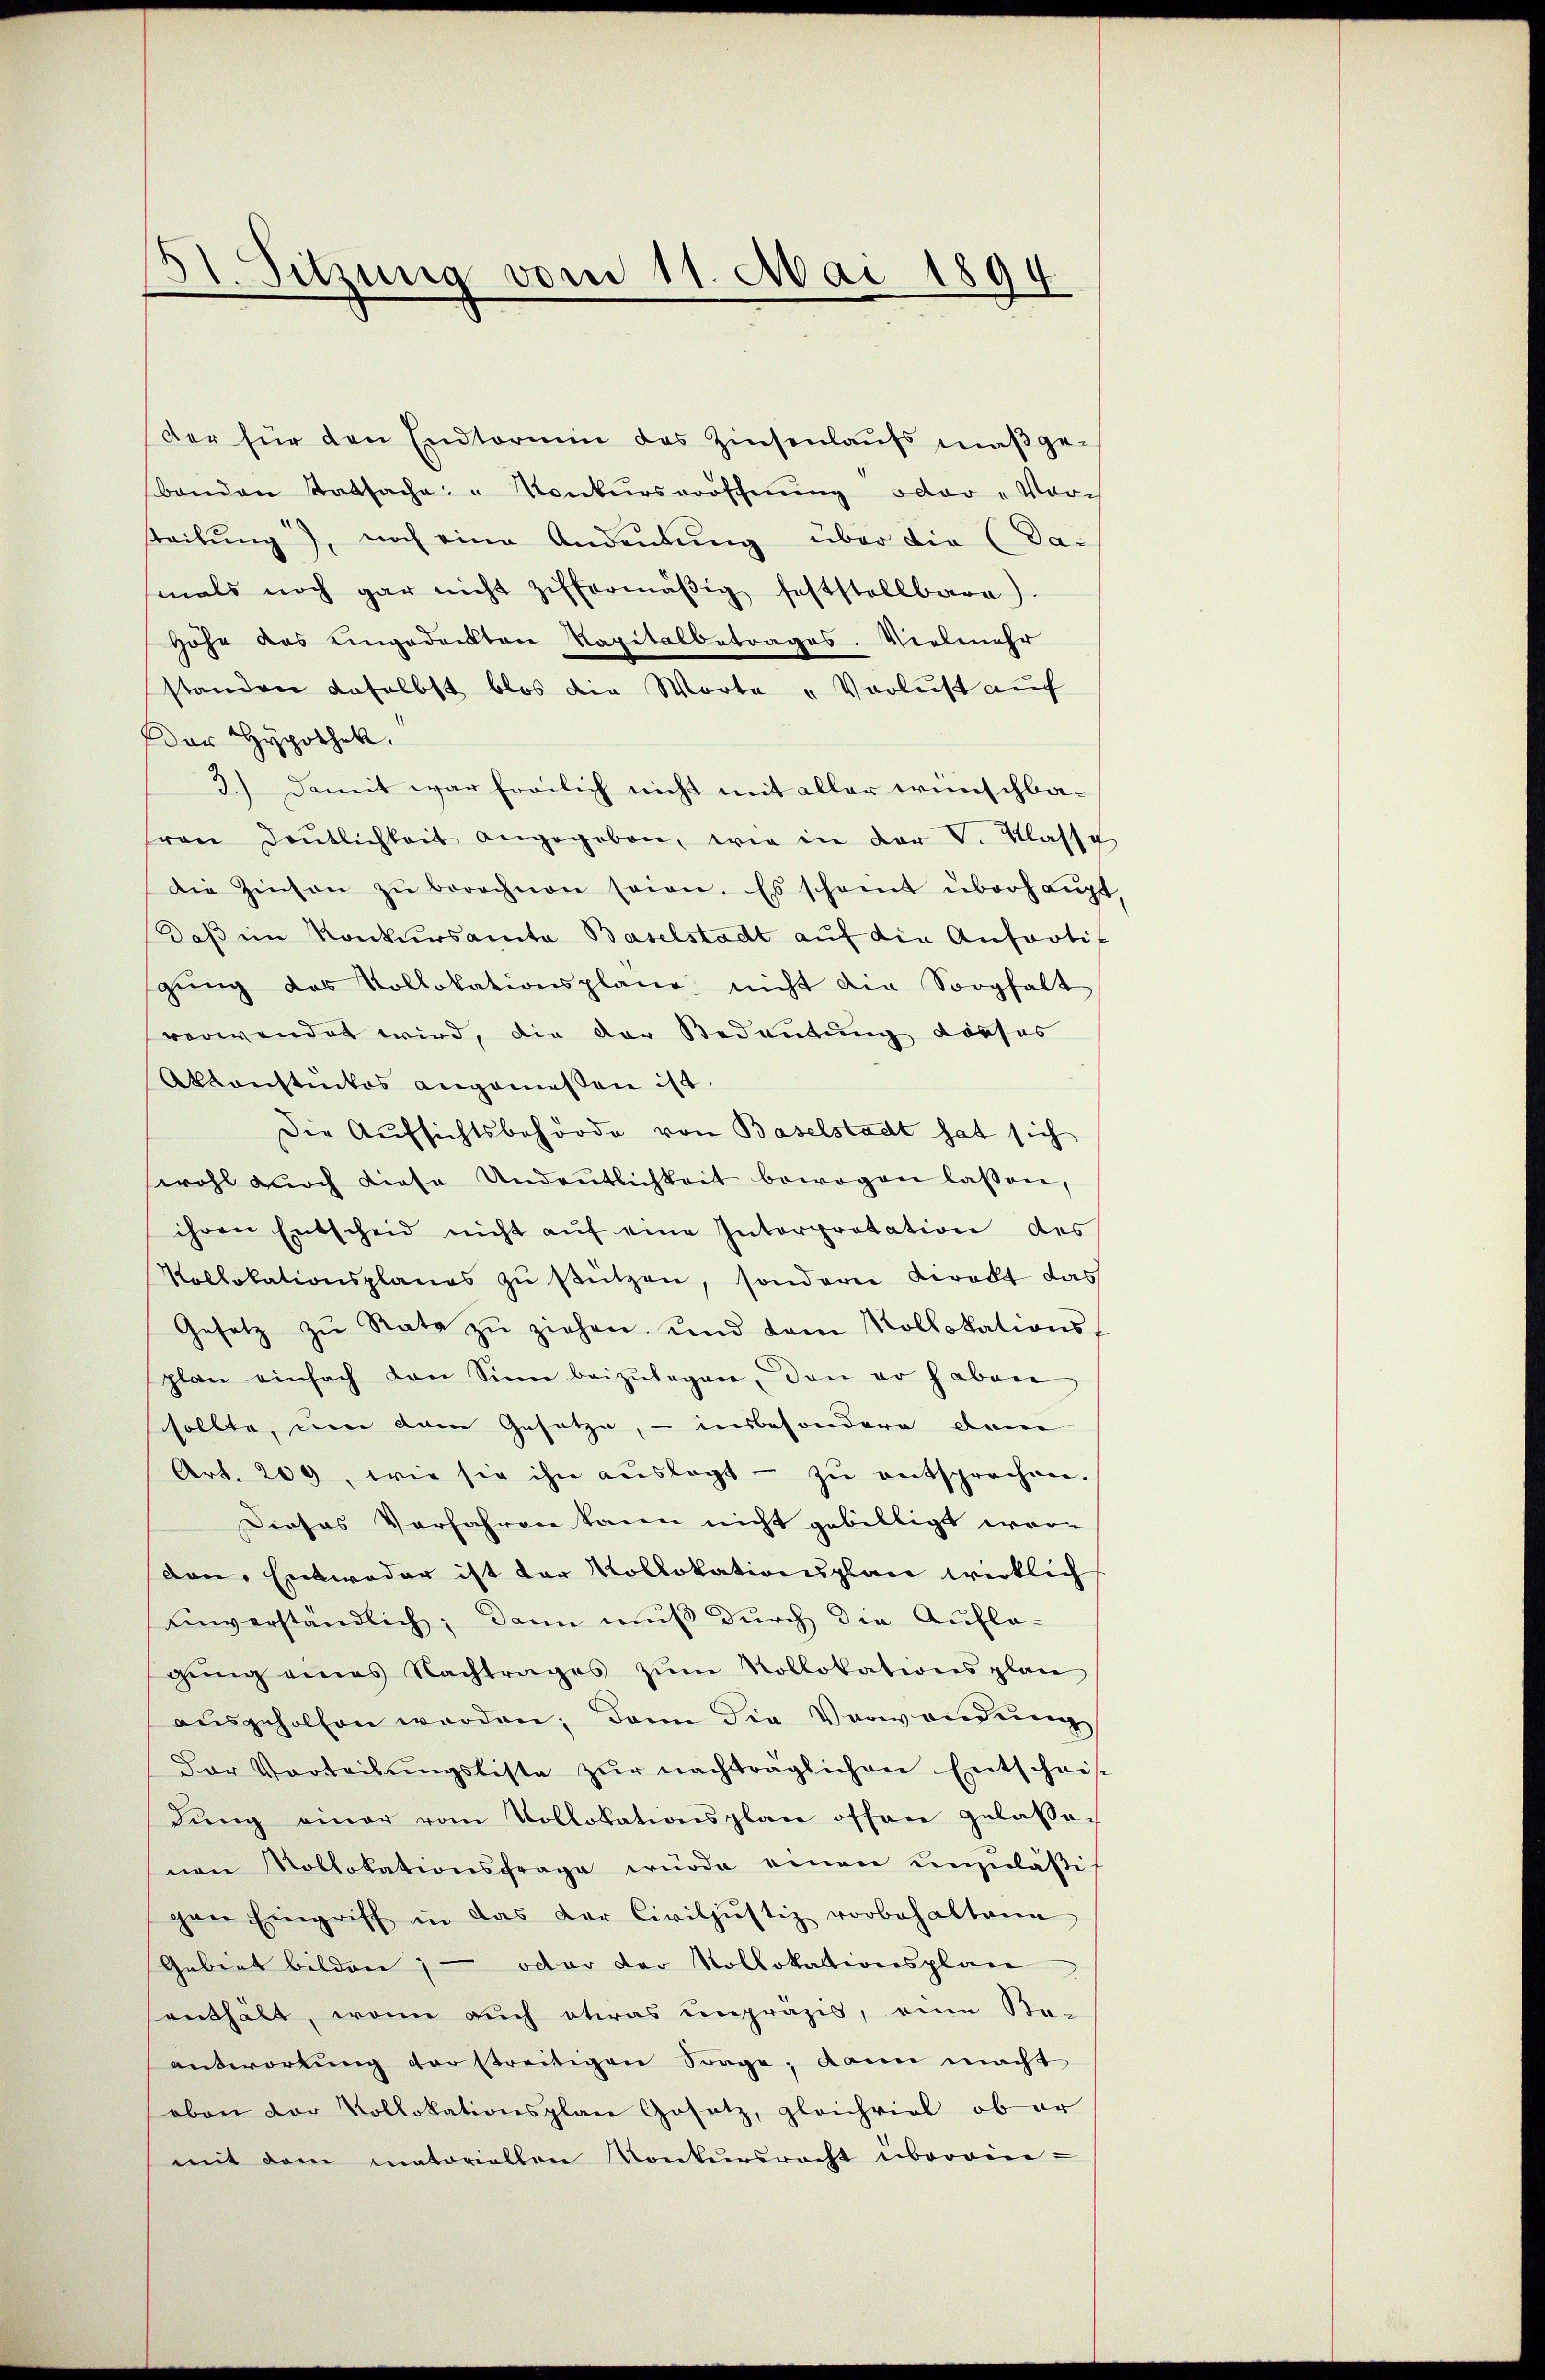
A. Sitzung vom 11. Mai 1894

der für den Endtorium des Zinsenlaufs maßgebanden Tatsache: " Konkursvorschnung oder „Vor-
teilung), noch eine Andeutung über die (Da-
mals noch gar nicht ziffermäβig feststellbare.
Höhe das eingedeckten Kapitalbetrages. Vielmehr
standen daselbst blos die Worte „Verlust auf
Der Hypothek.
3.) Damit war freilich nicht mit aller wünschbaron Deutlichkeit angegeben, wie in der V. Klasse
die Zinsen zŭ berechnen seien. Es scheit überhaŭpt
Daß im Konkursamte Baselstadt auf die Anfortif
zŭng des Vollokationsplane nicht die Sorghalt
verwendet wird, die der Bedeutung darfes
Aktenstückes angemessen ist.
Die Aufsichtsbehörde von Baselstadt hat sich
wohl durch diese Undeutlichkeit bewogen lassen,
ihren Entscheid nicht aŭf eine Interpretation des
Kollokationsplanes zŭ stützen, sondern beredt das
Gesetz zŭ Rate zŭ ziehen und dem Kollokations-
plan einfach den Sinn beizŭlagen, den er haben
sollte, um dem Gesetze, – insbesondere Dane
Art. 209, wie sie ihn aŭslagt - zŭ entsprechen.
Dieses Vorfahren kann nicht gebilligt wor-
von, Entweder ist der Kollokationsplan wirklich
einverständlich; dann muß durch die Aufla-
gŭng eines Nachtrages zŭm Kollokationsplan
aŭsgeholfen werden; dann die Verwendung
Der Verteilŭngsliste zŭr nachträglichen Entschrif
dŭng einer vom Vollokationsplane offen gelasse-
nen Vollokationsfrage würde einen unzuläßig
gen Eingriff in das der Civiljustiz vorbehaltene
Gebiet bilden; – oder der Kollokationsplan
enthält, wenn auch etwas unpräzis, eine Be-
antwortung der streitigen Frage, dann macht
oben der Vollokationsplan Gesetz, gleichviel ob er
mit dem matoriallen Konkursrecht überein-